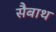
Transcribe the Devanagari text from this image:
सैबाथ